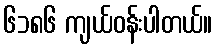
၆၁၈၆ ကျယ်ဝန်းပါတယ်။